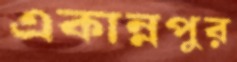
একান্নপুর